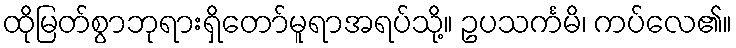
ထိုမြတ်စွာဘုရားရှိတော်မူရာအရပ်သို့။ ဥပသင်္ကမိ၊ ကပ်လေ၏။